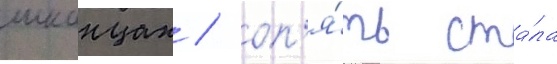
шканцах / оп'я́ть ста́ла